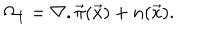
\Omega _ { 1 } = \nabla . \vec { \pi } ( \vec { x } ) + n ( \vec { x } ) .